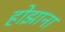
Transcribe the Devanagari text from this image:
होझाना